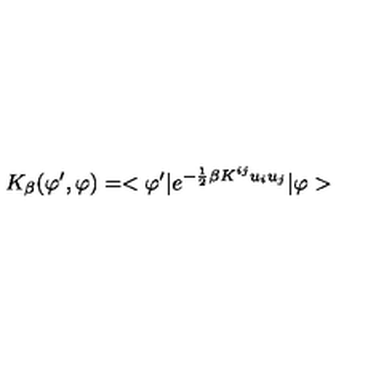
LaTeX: K _ { \beta } ( \varphi ^ { \prime } , \varphi ) = < \varphi ^ { \prime } | e ^ { - \frac { 1 } { 2 } \beta K ^ { i j } u _ { i } u _ { j } } | \varphi >